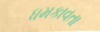
ધમકાવતા